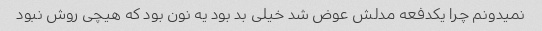
نمیدونم چرا یکدفعه مدلش عوض شد خیلی بد بود یه نون بود که هیچی روش نبود